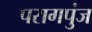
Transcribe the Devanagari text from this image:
परागपुंज